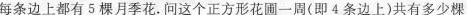
的每条边上都有5棵月季花。问这个正方形花圃-周(即4条边上)共有多少棵